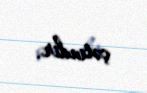
çətindir.